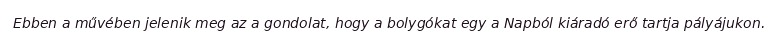
Ebben a művében jelenik meg az a gondolat, hogy a bolygókat egy a Napból kiáradó erő tartja pályájukon.